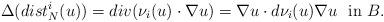
LaTeX: \begin{align*} \Delta(dist^i_N(u))=div(\nu_i(u)\cdot\nabla u)=\nabla u\cdot d\nu_i(u)\nabla u\ \hbox{ in }B.\end{align*}